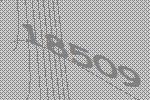
18509